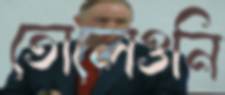
তোলেওনি